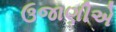
ઉજાણીએ